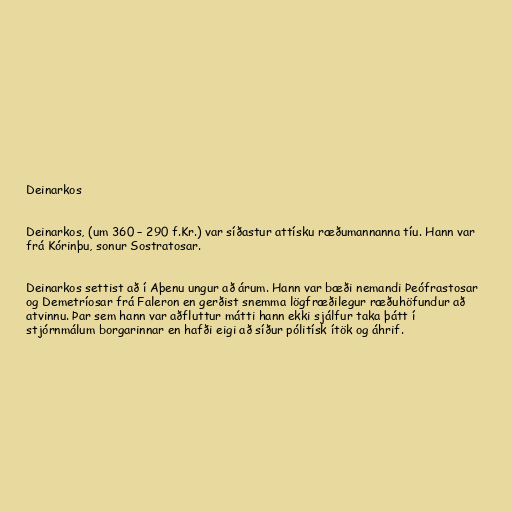
Deinarkos

Deinarkos, (um 360 – 290 f.Kr.) var síðastur attísku ræðumannanna tíu. Hann var
frá Kórinþu, sonur Sostratosar.

Deinarkos settist að í Aþenu ungur að árum. Hann var bæði nemandi Þeófrastosar
og Demetríosar frá Faleron en gerðist snemma lögfræðilegur ræðuhöfundur að
atvinnu. Þar sem hann var aðfluttur mátti hann ekki sjálfur taka þátt í
stjórnmálum borgarinnar en hafði eigi að síður pólitísk ítök og áhrif.